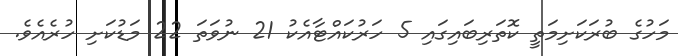
މަހުގެ ބުރަކަށިމަތީ ކޮތަރިބައިގައި 5 ހަރުކައްޓާއެކު 21 ނުވަތަ 22 މަޑުކަށި ހުރެއެވެ.